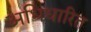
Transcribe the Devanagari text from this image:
अधिधारित